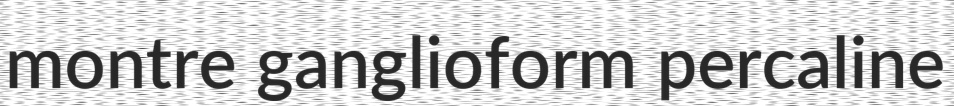
montre ganglioform percaline